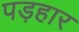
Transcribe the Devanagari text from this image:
पड़हार